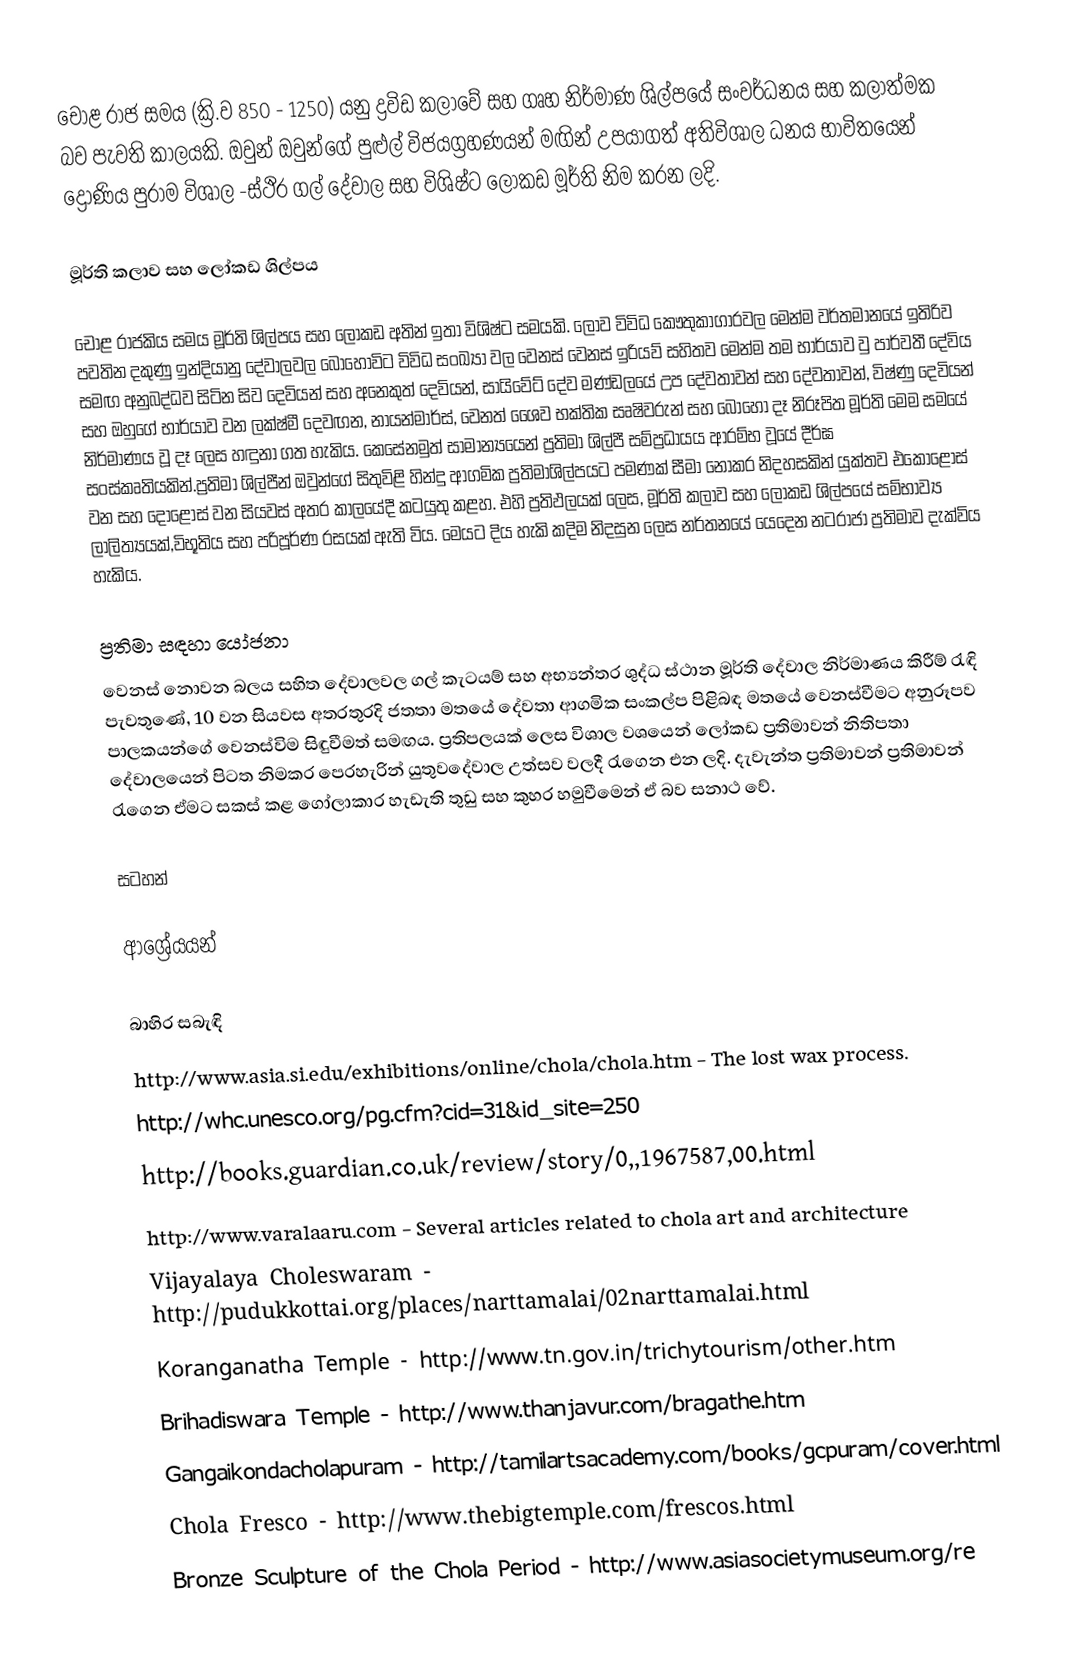
චෝළ රාජ සමය (ක්‍රි.ව 850 - 1250) යනු ද්‍රවිඩ කලාවේ සහ ගෘහ නිර්මාණ ශිල්පයේ සංවර්ධනය සහ කලාත්මක බව පැවති කාලයකි. ඔවුන් ඔවුන්ගේ පුළුල් විජයග්‍රහණයන් මඟින් උපයාගත්  අතිවිශාල ධනය  භාවිතයෙන් ද්‍රෝණිය පුරාම විශාල -ස්ථිර ගල් දේවාල සහ විශිෂ්ට ලෝකඩ මූර්ති නිම කරන ලදි.

මූර්ති කලාව සහ ලෝකඩ ශිල්පය

චෝළ රාජකිය සමය මූර්ති ශිල්පය සහ ලෝකඩ අතින් ඉතා විශිෂ්ට සමයකි.  ලොව විවිධ කෞතුකාගාරවල  මෙන්ම වර්තමානයේ ඉතිරිව පවතින දකුණු ඉන්දියානු දේවාලවල බොහෝවිට විවිධ සංඛ්‍යා වල වෙනස් වෙනස් ඉරියව් සහිතව මෙන්ම තම භාර්යාව වු පාර්වතී දේවිය සමඟ අනුබද්ධව සිටින සිව දෙවියන් සහ අනෙකුත් දෙවියන්, සායිවේට් දේව මණ්ඩලයේ  උප දේවතාවන් සහ දේවතාවන්,  විෂ්ණු දෙවියන් සහ ඔහුගේ භාර්යාව වන  ලක්ෂ්මී දෙවඟන, නායන්මාර්ස්, වෙනත් ශෛව භක්තික සෘෂිවරුන් සහ බොහෝ දෑ නිරූපිත මූර්ති මෙම සමයේ නිර්මාණය වූ දෑ ලෙස හඳුනා ගත හැකිය.  කෙසේනමුත් සාමාන්‍යයෙන් ප්‍රතිමා ශිල්පී සම්ප්‍රධායය  ආරම්භ වූයේ දීර්ඝ සංස්කෘතියකින්.ප්‍රතිමා ශිල්පීන් ඔවුන්ගේ සිතුවිළි හින්දු ආගමික ප්‍රතිමාශිල්පයට පමණක් සීමා නොකර  නිදහසකින් යුක්තව එකොළොස් වන සහ දොළොස් වන සියවස් අතර කාලයේදී කටයුතු කළහ. එහි ප්‍රතිඵලයක් ලෙස, මූර්ති කලාව සහ ලෝකඩ ශිල්ප‍යේ සම්භාව්‍ය ලාලිත්‍යයක්,විභූතිය සහ පරිපූර්ණ රසයක් ඇති විය.  මෙයට දිය හැකි කදිම නිදසුන ලෙස නර්තනයේ යෙදෙන   නටරාජා ප්‍රතිමාව දැක්විය හැකිය.

ප්‍රතිමා සඳහා යෝජනා
වෙනස් නොවන බලය සහිත දේවාලවල ගල් කැටයම් සහ අභ්‍යන්තර ශුද්ධ ස්ථාන මූර්ති ‍දේවාල නිර්මාණය කිරීම් රැඳි පැවතුණේ, 10 වන සියවස අතරතුරදි ජතතා මතයේ  දේවතා ආගමික සංකල්ප පිළිබඳ මතයේ වෙනස්වීමට අනුරූපව පාලකයන්ගේ වෙනස්විම සිඳුවීමත් සමඟය. ප්‍රතිපලයක් ලෙස විශාල වශයෙන් ලෝකඩ ප්‍රතිමාවන් නිතිපතා දේවාලයෙන් පිටත නිමකර පෙරහැරින් යුතුවදේවාල උත්සව වලදී  රැගෙන එන ලදි. දැවැන්ත ප්‍රතිමාවන් ප්‍රතිමාවන් රැගෙන ඒමට සකස් කළ ගෝලාකාර හැඩැති තුඩු සහ කුහර හමුවීමෙන් ඒ බව සනාථ වේ.

සටහන්

ආශ්‍රේයයන්

බාහිර සබැඳි
 http://www.asia.si.edu/exhibitions/online/chola/chola.htm - The lost wax process.
 http://whc.unesco.org/pg.cfm?cid=31&id_site=250
 http://books.guardian.co.uk/review/story/0,,1967587,00.html
 http://www.varalaaru.com - Several articles related to chola art and architecture
 Vijayalaya Choleswaram - http://pudukkottai.org/places/narttamalai/02narttamalai.html
 Koranganatha Temple - http://www.tn.gov.in/trichytourism/other.htm
 Brihadiswara Temple - http://www.thanjavur.com/bragathe.htm
 Gangaikondacholapuram - http://tamilartsacademy.com/books/gcpuram/cover.html
 Chola Fresco - http://www.thebigtemple.com/frescos.html
 Bronze Sculpture of the Chola Period - http://www.asiasocietymuseum.org/re